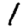
Digit: 1